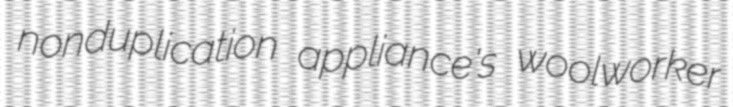
nonduplication appliance's woolworker